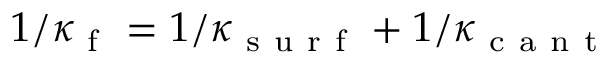
1 / { \kappa _ { \mathrm { ~ f ~ } } } = 1 / { \kappa _ { \mathrm { ~ s ~ u ~ r ~ f ~ } } } + 1 / { \kappa _ { \mathrm { ~ c ~ a ~ n ~ t ~ } } }